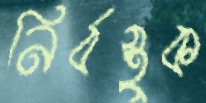
নির্বস্তুক